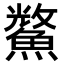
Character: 𮬈